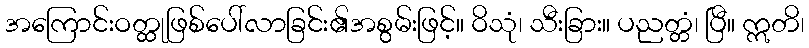
အကြောင်းဝတ္ထုဖြစ်ပေါ်လာခြင်း၏အစွမ်းဖြင့်။ ဝိသုံ၊ သီးခြား။ ပညတ္တံ၊ ပြီ။ ဣတိ၊